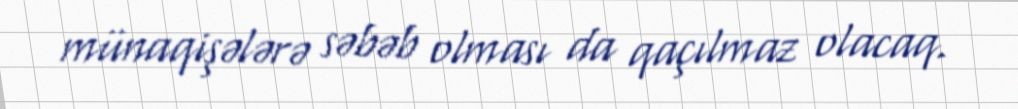
münaqişələrə səbəb olması da qaçılmaz olacaq.